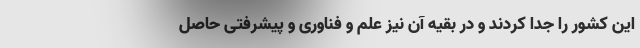
این کشور را جدا کردند و در بقیه آن نیز علم و فناوری و پیشرفتی حاصل